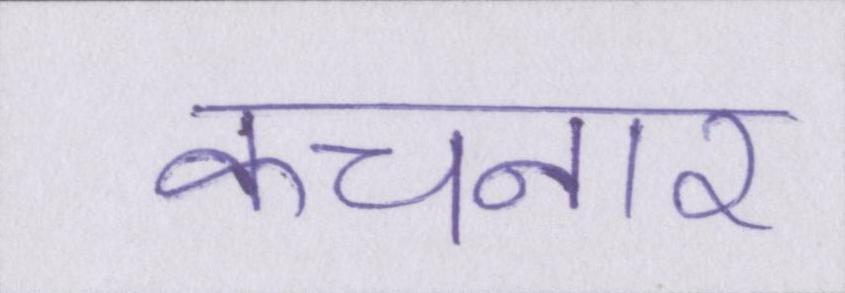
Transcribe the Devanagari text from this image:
कचनार